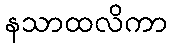
နသာထလိကာ